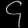
Digit: ၄